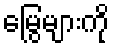
မြွေများကို